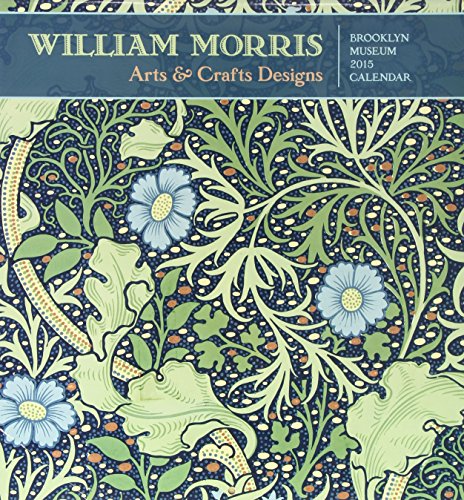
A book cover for William Morris 2015 Calendar: Arts & Crafts Designs; Calendars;